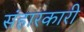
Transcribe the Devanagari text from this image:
संहारकारी